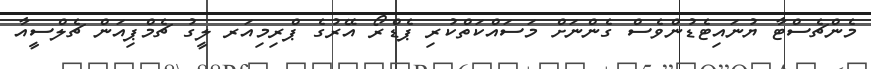
މެންޗެސްޓާ ޔުނައިޓެޑުންވެސް ގެންނަށް މަސައްކަތްކުރި ޕެޑްރޯ އޭރުގެ ޕްރިމިއަރ ލީގު ޗެމްޕިއަން ޗެލްސީއާ